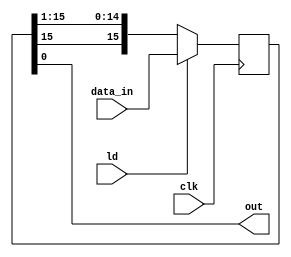

module shift_reg_out (output out, input [15:0] data_in, input ld, clk);
	reg [15:0] data;
	assign out = data[0];
	always @(posedge clk) begin
		data <= (ld == 1'b1) ? data_in : {data[15], data[15:1]};
	end
endmodule